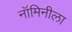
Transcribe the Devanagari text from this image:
नॉमिनीला